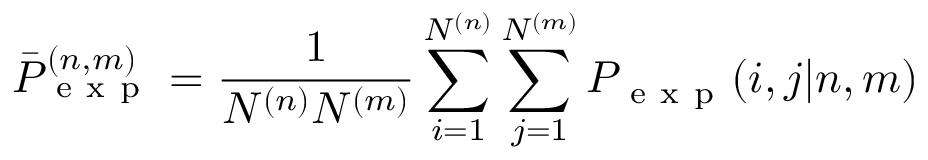
\bar { P } _ { \mathrm { ~ e ~ x ~ p ~ } } ^ { ( n , m ) } = \frac { 1 } { N ^ { ( n ) } N ^ { ( m ) } } \sum _ { i = 1 } ^ { N ^ { ( n ) } } \sum _ { j = 1 } ^ { N ^ { ( m ) } } P _ { \mathrm { ~ e ~ x ~ p ~ } } ( i , j | n , m )